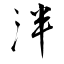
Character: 泮